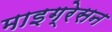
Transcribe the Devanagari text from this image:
माइग्रेसन